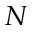
N